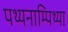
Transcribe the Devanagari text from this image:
पथ्यनाम्पिथ्या